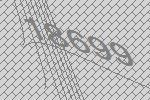
18699